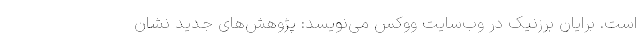
است. برایان برزنیک در وب‌سایت ووکس می‌نویسد: پژوهش‌های جدید نشان